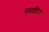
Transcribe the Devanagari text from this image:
स्यादियं